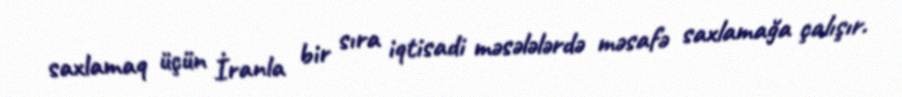
saxlamaq üçün İranla bir sıra iqtisadi məsələlərdə məsafə saxlamağa çalışır.